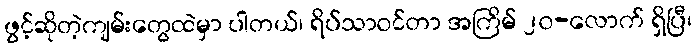
ဖွင့်ဆိုတဲ့ကျမ်းတွေထဲမှာ ပါတယ်၊ ရိပ်သာဝင်တာ အကြိမ် ၂၀-လောက် ရှိပြီ၊